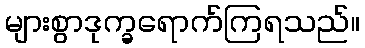
များစွာဒုက္ခရောက်ကြရသည်။